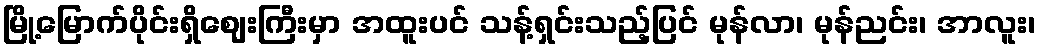
မြို့မြောက်ပိုင်းရှိဈေးကြီးမှာ အထူးပင် သန့်ရှင်းသည့်ပြင် မုန်လာ၊ မုန်ညင်း၊ အာလူး၊